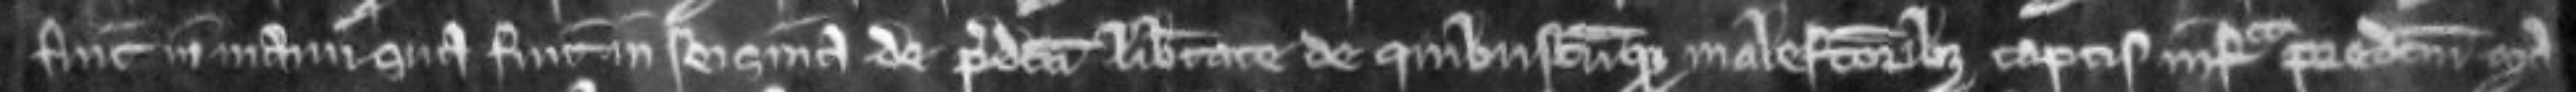
fuit in manu sua fuit in seisina de predicta libertate de quibuscunque malefactoribus captis infra predictum